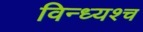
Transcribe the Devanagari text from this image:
विन्ध्यश्च